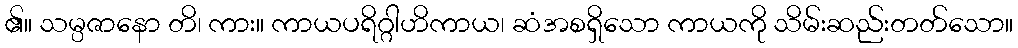
၏။ သမ္ပဇာနော တိ၊ ကား။ ကာယပရိဂ္ဂါဟိကာယ၊ ဆံအစရှိသော ကာယကို သိမ်းဆည်းတတ်သော။